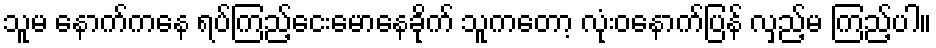
သူမ နောက်ကနေ ရပ်ကြည့်ငေးမောနေခိုက် သူကတော့ လုံးဝနောက်ပြန် လှည့်မ ကြည့်ပါ။